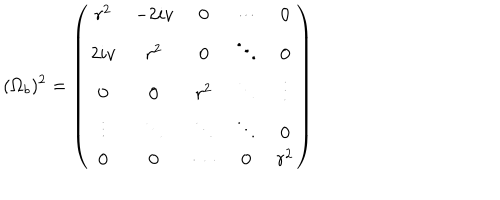
( \Omega _ { b } ) ^ { 2 } = \left( \begin{array} { c c c c c } { { r ^ { 2 } } } & { { - 2 i v } } & { { 0 } } & { { \cdots } } & { { 0 } } \\ { { 2 i v } } & { { r ^ { 2 } } } & { { 0 } } & { { \ddots } } & { { 0 } } \\ { { 0 } } & { { 0 } } & { { r ^ { 2 } } } & { { \ddots } } & { { \vdots } } \\ { { \vdots } } & { { \ddots } } & { { \ddots } } & { { \ddots } } & { { 0 } } \\ { { 0 } } & { { 0 } } & { { \cdots } } & { { 0 } } & { { r ^ { 2 } } } \\ \end{array} \right)